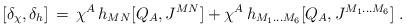
LaTeX: \begin{align*}[\delta_{\chi},\delta_h]\,=\,\chi^A\,h_{MN}[Q_A,J^{MN}]+\chi^A\,h_{M_1\ldots M_6}[Q_A,J^{M_1\ldots M_6}]\;.\end{align*}